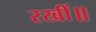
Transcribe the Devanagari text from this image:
रखीं॥